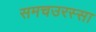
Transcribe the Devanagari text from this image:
समचउरस्सा